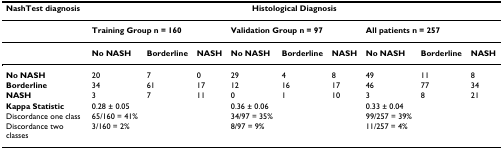
| NashTest diagnosis | <COLSPAN=9> Histological Diagnosis |
 | --- | --- | --- | --- | --- | --- | --- | --- | --- | --- |
 |  | <COLSPAN=3> Training Group n = 160 | <COLSPAN=3> Validation Group n = 97 | <COLSPAN=3> All patients n = 257 |
 |  | No NASH | Borderline | NASH | No NASH | Borderline | NASH | No NASH | Borderline | NASH |
 | No NASH | 20 | 7 | 0 | 29 | 4 | 8 | 49 | 11 | 8 |
 | Borderline | 34 | 61 | 17 | 12 | 16 | 17 | 46 | 77 | 34 |
 | NASH | 3 | 7 | 11 | 0 | 1 | 10 | 3 | 8 | 21 |
 | Kappa Statistic | 0.28 ± 0.05 |  |  | 0.36 ± 0.06 |  |  | 0.33 ± 0.04 |  |  |
 | Discordance one class | 65/160 = 41% |  |  | 34/97 = 35% |  |  | 99/257 = 39% |  |  |
 | Discordance two classes | 3/160 = 2% |  |  | 8/97 = 9% |  |  | 11/257 = 4% |  |  |